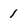
Character: 1